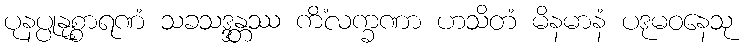
ပုနပ္ပုနုစ္စာရဏံ သခသဒ္ဒန္တဿ ကိံလက္ခဏာ ဟသိတံ မိနမာနံ ပဒုမဝနေသု